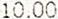
10.00